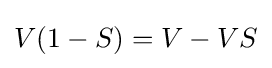
V(1-S)=V-VS